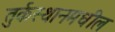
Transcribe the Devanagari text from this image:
तुर्कस्थानमधील